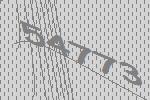
54773